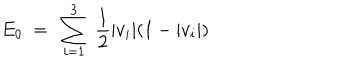
E _ { 0 } \ = \ \sum _ { i = 1 } ^ { 3 } \ { \frac { 1 } { 2 } } | v _ { i } | ( 1 - | v _ { i } | )